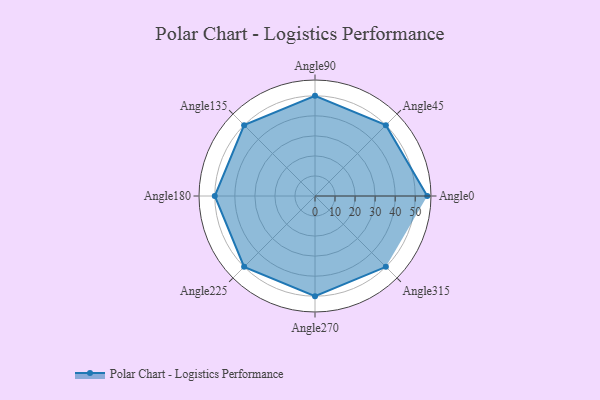
{"axis": {"x": "Angle", "y": "Radius"}, "legend": [""], "data": [{"x": "Angle0", "y": 56.0, "type": ""}, {"x": "Angle45", "y": 50, "type": ""}, {"x": "Angle90", "y": 50, "type": ""}, {"x": "Angle135", "y": 50, "type": ""}, {"x": "Angle180", "y": 50, "type": ""}, {"x": "Angle225", "y": 50, "type": ""}, {"x": "Angle270", "y": 50, "type": ""}, {"x": "Angle315", "y": 50, "type": ""}]}